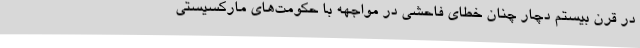
در قرن بیستم دچار چنان خطای فاحشی در مواجهه با حکومت‌های مارکسیستی